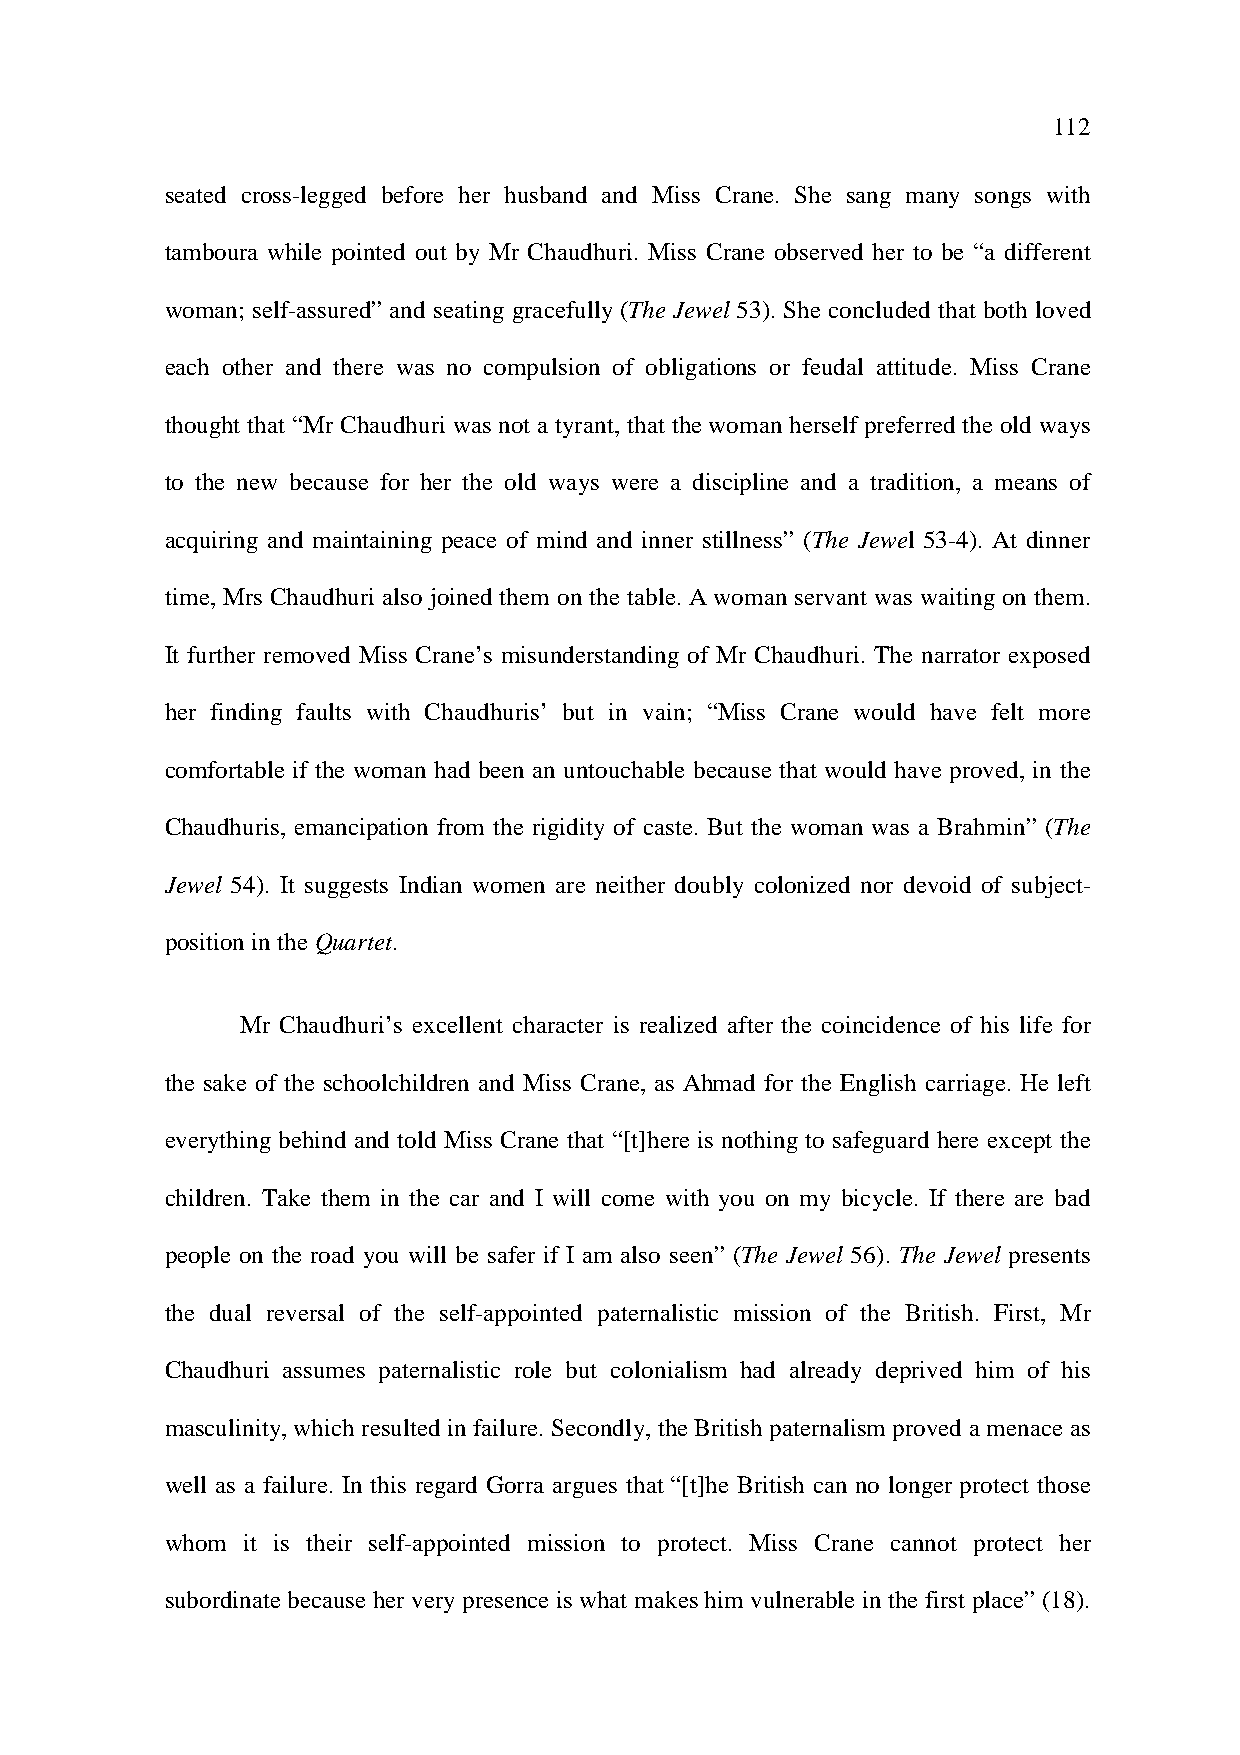
112
 seated cross-legged before her husband and Miss Crane. She sang many songs with
 tamboura while pointed out by Mr Chaudhuri. Miss Crane observed her to be “a different
 woman; self-assured” and seating gracefully (The Jewel 53). She concluded that both loved
 each other and there was no compulsion of obligations or feudal attitude. Miss Crane
 thought that “Mr Chaudhuri was not a tyrant, that the woman herself preferred the old ways
 to the new because for her the old ways were a discipline and a tradition, a means of
 acquiring and maintaining peace of mind and inner stillness” (The Jewel 53-4). At dinner
 time, Mrs Chaudhuri also joined them on the table. A woman servant was waiting on them.
 It further removed Miss Crane’s misunderstanding of Mr Chaudhuri. The narrator exposed
 her finding faults with Chaudhuris’ but in vain; “Miss Crane would have felt more
 comfortable if the woman had been an untouchable because that would have proved, in the
 Chaudhuris, emancipation from the rigidity of caste. But the woman was a Brahmin” (The
 Jewel 54). It suggests Indian women are neither doubly colonized nor devoid of subject-
 position in the Quartet.
 Mr Chaudhuri’s excellent character is realized after the coincidence of his life for
 the sake of the schoolchildren and Miss Crane, as Ahmad for the English carriage. He left
 everything behind and told Miss Crane that “[t]here is nothing to safeguard here except the
 children. Take them in the car and I will come with you on my bicycle. If there are bad
 people on the road you will be safer if I am also seen” (The Jewel 56). The Jewel presents
 the dual reversal of the self-appointed paternalistic mission of the British. First, Mr
 Chaudhuri assumes paternalistic role but colonialism had already deprived him of his
 masculinity, which resulted in failure. Secondly, the British paternalism proved a menace as
 well as a failure. In this regard Gorra argues that “[t]he British can no longer protect those
 whom it is their self-appointed mission to protect. Miss Crane cannot protect her
 subordinate because her very presence is what makes him vulnerable in the first place” (18).